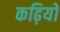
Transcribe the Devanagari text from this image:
कढ़ियों